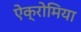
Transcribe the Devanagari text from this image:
ऐक्रोमिया